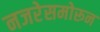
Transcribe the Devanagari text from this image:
नजरेसमोरून